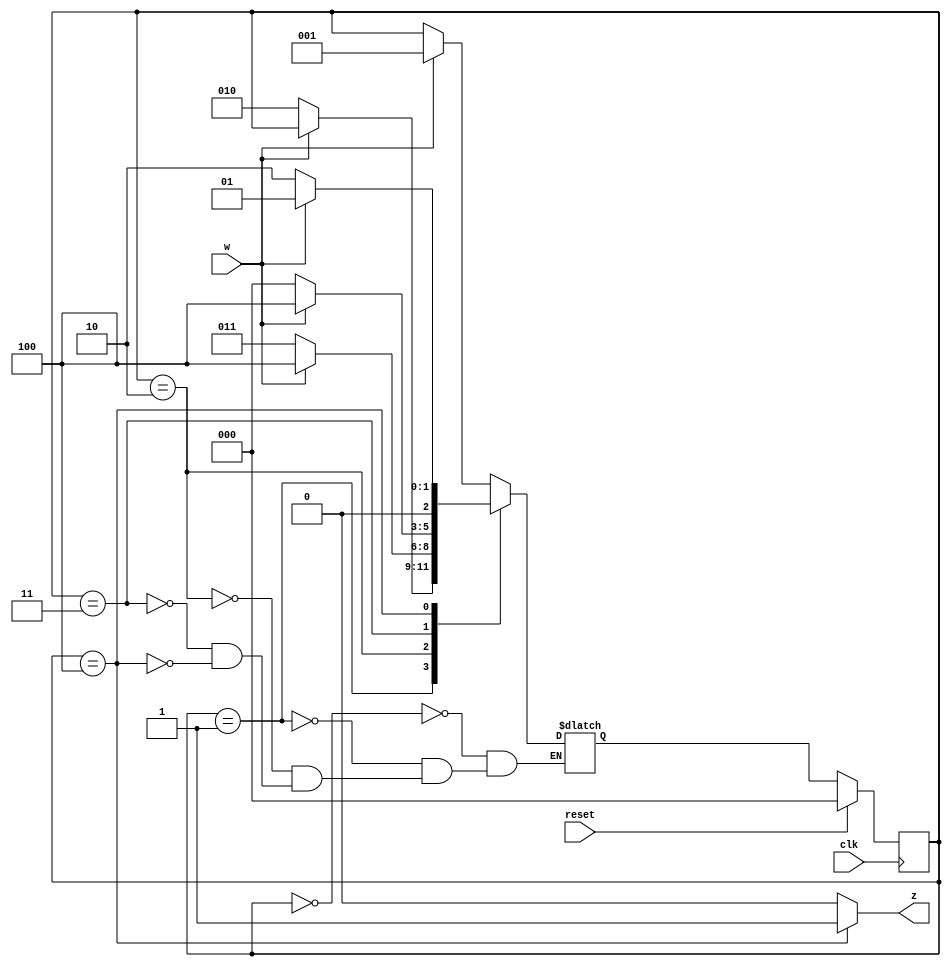
module sequence_detector_2(
  input wire w, clk, reset,
  output reg z
);
  localparam [2:0] s0 = 3'b000, // 00
                   s1 = 3'b001, // 01
                   s2 = 3'b010, // 10
                   s3 = 3'b011, // 11
                   s4 = 3'b100; // 100
                 
  reg [2:0] state_reg, state_next;
  //next stare_logic
  always @(posedge clk)
    if (reset) begin
      state_reg <= s0;
    end 
    else 
      state_reg <= state_next;
  //register state
  always @*
    case(state_reg)
      s0: begin 
       if(w)
         state_next = s1;
       else 
         state_next = state_reg;
      end
      s1: 
      begin 
      if(w)
        state_next = state_reg;
      else
        state_next = s2;
      end
      s2:
      begin 
      if (w) 
        state_next = s4;
      else
        state_next = s3;
      end 
      s3:
      begin
        if (w)
          state_next = s4;
        else 
          state_next = s0;
      end 
      s4:
      begin 
        if(w) begin 
          state_next = s1;
        end 
        else begin 
          state_next = s2;
        end 
      end 
    endcase
   //output
  assign z = (state_reg == s4) ? 1 : 0;
endmodule